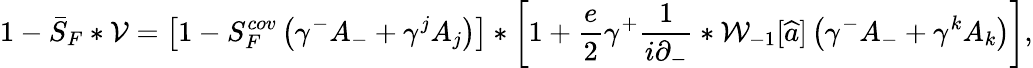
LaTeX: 1-\bar{S}_{F}\ast{\cal V}=\left[1-S_{F}^{cov}\left(\gamma^{-}{A}_{-}+\gamma^{j}{A}_{j}\right)\right]\ast\left[1+\frac{e}{2}\gamma^{+}\frac{1}{i\partial_{-}}\ast{\cal W}_{-1}[\widehat{a}]\left(\gamma^{-}{A}_{-}+\gamma^{k}{A}_{k}\right)\right],